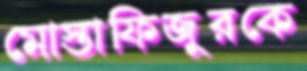
মোস্তাফিজুরকে